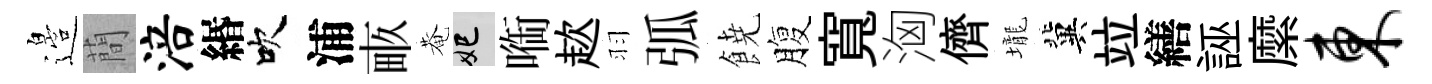
邉蕳涪緡吹浦畞菴妃㗸趑羽弧𩜙腹寬洶儕壠冀竝繕誣縻东